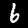
Label: 6